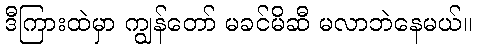
ဒီကြားထဲမှာ ကျွန်တော် မခင်မိဆီ မလာဘဲနေမယ်။